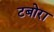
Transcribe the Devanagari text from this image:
टबोरा